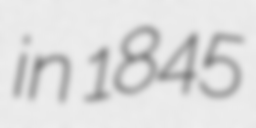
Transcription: in 1845